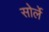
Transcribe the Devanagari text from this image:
सोर्ले